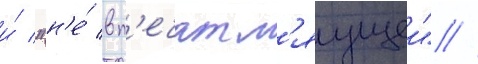
и́ "н'е́ вп'ечатл'яущеи" //